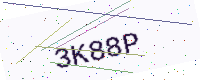
Text: 3K88P